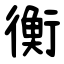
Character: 衡